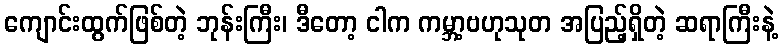
ကျောင်းထွက်ဖြစ်တဲ့ ဘုန်းကြီး၊ ဒီတော့ ငါက ကမ္ဘာ့ဗဟုသုတ အပြည့်ရှိတဲ့ ဆရာကြီးနဲ့